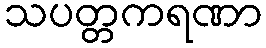
သပတ္တကရဏာ